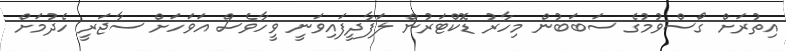
އިތުރަށް ގޯސްވުމުގެ ސަބަބުން މިހާރު ޑޮކްޓަރުން ލަފާދީފައިވަނީ ވީހާވެސް އަވަހަށް ސާޖަރީ ހެދުމަށް